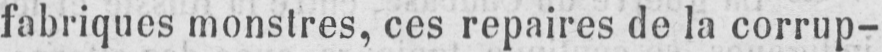
fabriques monstres, ces repaires de la corrup-